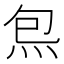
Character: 炰